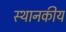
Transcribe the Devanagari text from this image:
स्थानकीय